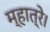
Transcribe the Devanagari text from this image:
म्हात्रे।